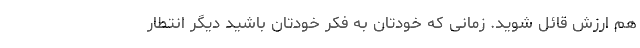
هم ارزش قائل شوید. زمانی که خودتان به فکر خودتان باشید دیگر انتطار